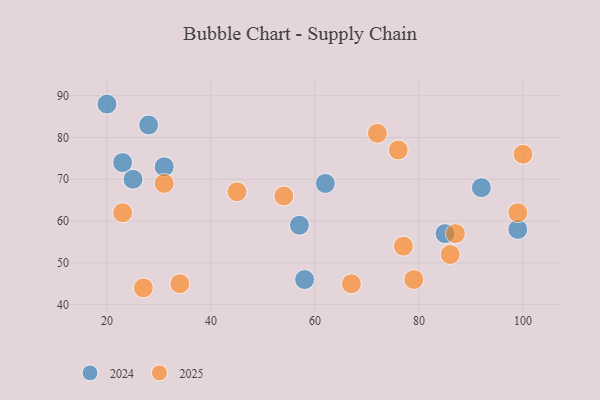
{"axis": {"x": "GDP", "y": "Life Expectancy"}, "legend": ["2024", "2025"], "data": [{"x": "62", "y": 69, "type": "2024"}, {"x": "99", "y": 58, "type": "2024"}, {"x": "85", "y": 57, "type": "2024"}, {"x": "31", "y": 73, "type": "2024"}, {"x": "25", "y": 70, "type": "2024"}, {"x": "57", "y": 59, "type": "2024"}, {"x": "28", "y": 83, "type": "2024"}, {"x": "23", "y": 74, "type": "2024"}, {"x": "20", "y": 88, "type": "2024"}, {"x": "92", "y": 68, "type": "2024"}, {"x": "58", "y": 46, "type": "2024"}, {"x": "54", "y": 66, "type": "2025"}, {"x": "31", "y": 69, "type": "2025"}, {"x": "100", "y": 76, "type": "2025"}, {"x": "76", "y": 77, "type": "2025"}, {"x": "87", "y": 57, "type": "2025"}, {"x": "79", "y": 46, "type": "2025"}, {"x": "77", "y": 54, "type": "2025"}, {"x": "86", "y": 52, "type": "2025"}, {"x": "72", "y": 81, "type": "2025"}, {"x": "99", "y": 62, "type": "2025"}, {"x": "67", "y": 45, "type": "2025"}, {"x": "23", "y": 62, "type": "2025"}, {"x": "27", "y": 44, "type": "2025"}, {"x": "45", "y": 67, "type": "2025"}, {"x": "34", "y": 45, "type": "2025"}]}